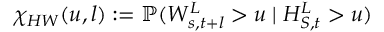
\chi _ { H W } ( u , l ) : = \mathbb { P } ( W _ { s , t + l } ^ { L } > u \mid H _ { S , t } ^ { L } > u )